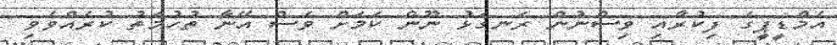
އެމްޑީޕީގެ ފިކުރާއި ވިސްނުން ރަނގަޅު ނޫން ކަމަށް ވެސް އޭނާ ތުހުމަތު ކުރެއްވެވި